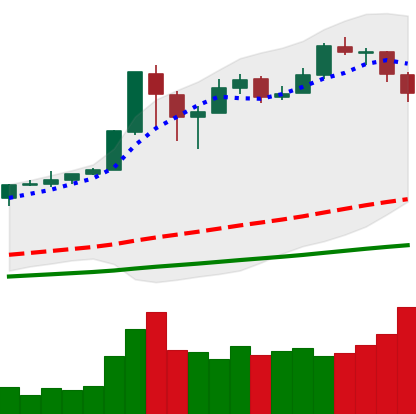
Ticker: BTC-USD
Chart end date: 2017-12-20
Forward return: -15.627%
Label: down_7plus